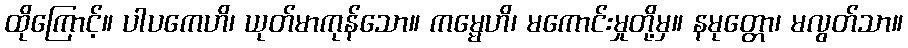
ထိုကြောင့်။ ပါပကေဟိ၊ ယုတ်မာကုန်သော။ ကမ္မေဟိ၊ မကောင်းမှုတို့မှ။ နမုတ္တော၊ မလွတ်သာ။